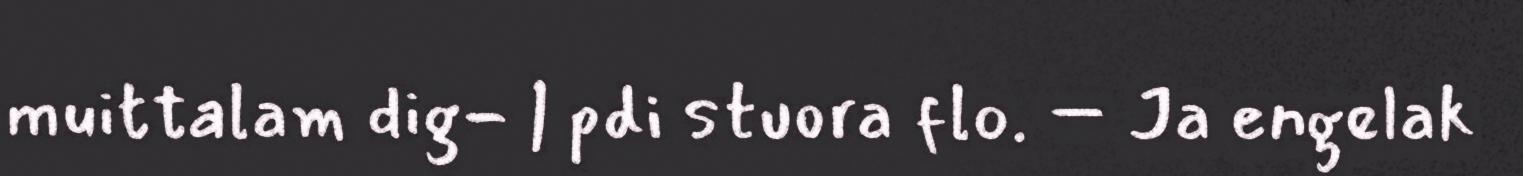
muittalam dig- | pdi stuora flo. – Ja engelak